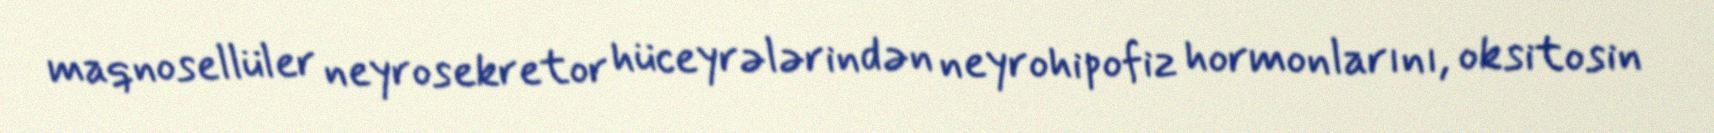
maqnosellüler neyrosekretor hüceyrələrindən neyrohipofiz hormonlarını, oksitosin